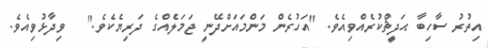
އިތުރު ސާހިބާ ޙަދީޘްކުރެއްވިއެވެ. "އަހުރެން މަންމައަށްދޭނީ ޖަމަލެއްގެ ދަރިޔެކެވެ."   ވިދާޅުވިއެވެ.